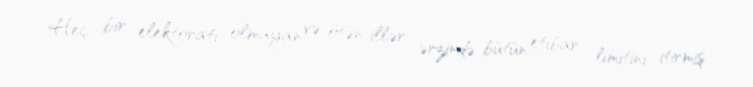
Heç bir elektoratı olmayan və ötən illər ərzində bütün etibar limitini itirmiş